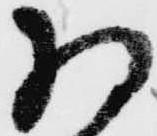
将